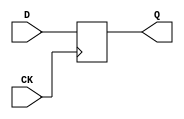
//# 4 inputs
//# 1 outputs
//# 3 D-type flipflops
//# 2 inverters
//# 8 gates (1 ANDs + 1 NANDs + 2 ORs + 4 NORs)

module dff(CK, Q, D);
input CK, D;
output Q;
reg Q;

always@(posedge CK)
    Q <= D;
endmodule

//module dff (CK,Q,D);
//input CK,D;
//output Q;
//
//  wire NM,NCK;
//  trireg NQ,M;
//
//  nmos N7 (M,D,NCK);
//  not P3 (NM,M);
//  nmos N9 (NQ,NM,CK);
//  not P5 (Q,NQ);
//  not P1 (NCK,CK);
//
//endmodule

module s27(GND,VDD,CK,G0,G1,G17,G2,G3);
input GND,VDD,CK,G0,G1,G2,G3;
output G17;

  wire G5,G10,G6,G11,G7,G13,G14,G8,G15,G12,G16,G9;

  dff DFF_0(CK,G5,G10);
  dff DFF_1(CK,G6,G11);
  dff DFF_2(CK,G7,G13);
  not NOT_0(G14,G0);
  not NOT_1(G17,G11);
  and AND2_0(G8,G14,G6);
  or OR2_0(G15,G12,G8);
  or OR2_1(G16,G3,G8);
  nand NAND2_0(G9,G16,G15);
  nor NOR2_0(G10,G14,G11);
  nor NOR2_1(G11,G5,G9);
  nor NOR2_2(G12,G1,G7);
  nor NOR2_3(G13,G2,G12);

endmodule